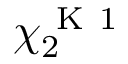
\chi _ { 2 } ^ { \mathrm { ~ K ~ 1 ~ } }